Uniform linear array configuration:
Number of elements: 64
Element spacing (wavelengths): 0.75
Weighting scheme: kaiser
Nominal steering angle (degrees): -45
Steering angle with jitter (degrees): -44.871
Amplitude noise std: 0.05
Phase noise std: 0.05

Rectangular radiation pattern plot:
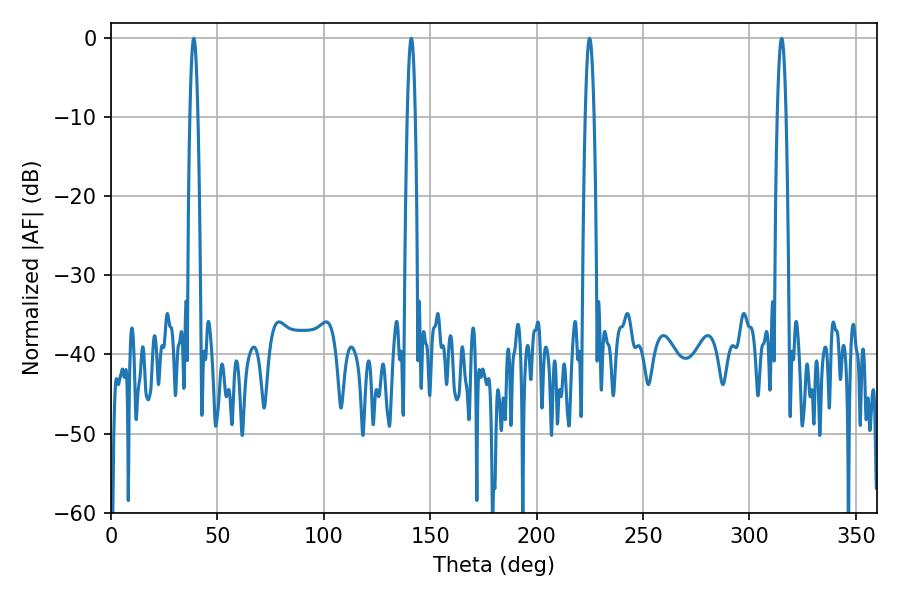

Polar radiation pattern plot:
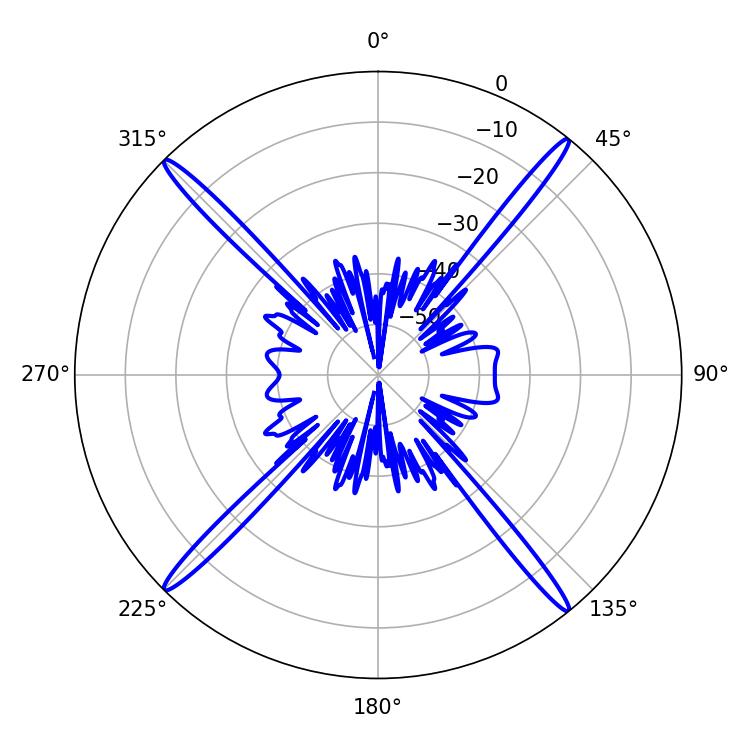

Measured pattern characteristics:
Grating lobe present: TRUE
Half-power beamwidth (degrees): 1.98
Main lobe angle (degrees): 38.88